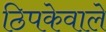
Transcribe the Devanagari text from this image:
ठिपकेवाले